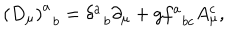
LaTeX: \left( D _ { \mu } \right) _ { \; \; b } ^ { a } = \delta _ { \; \; b } ^ { a } \partial _ { \mu } + g f _ { \; \; b c } ^ { a } A _ { \mu } ^ { c } ,